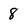
Character: 8